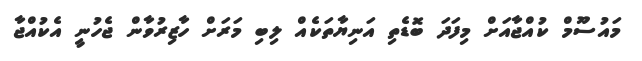
މައުސޫމް ކުއްޖާއަށް މިފަދަ ބޮޑެތި އަނިޔާތަކެއް ލިބި މަރަށް ހާޒިރުވާން ޖެހުނީ އެކުއްޖާ